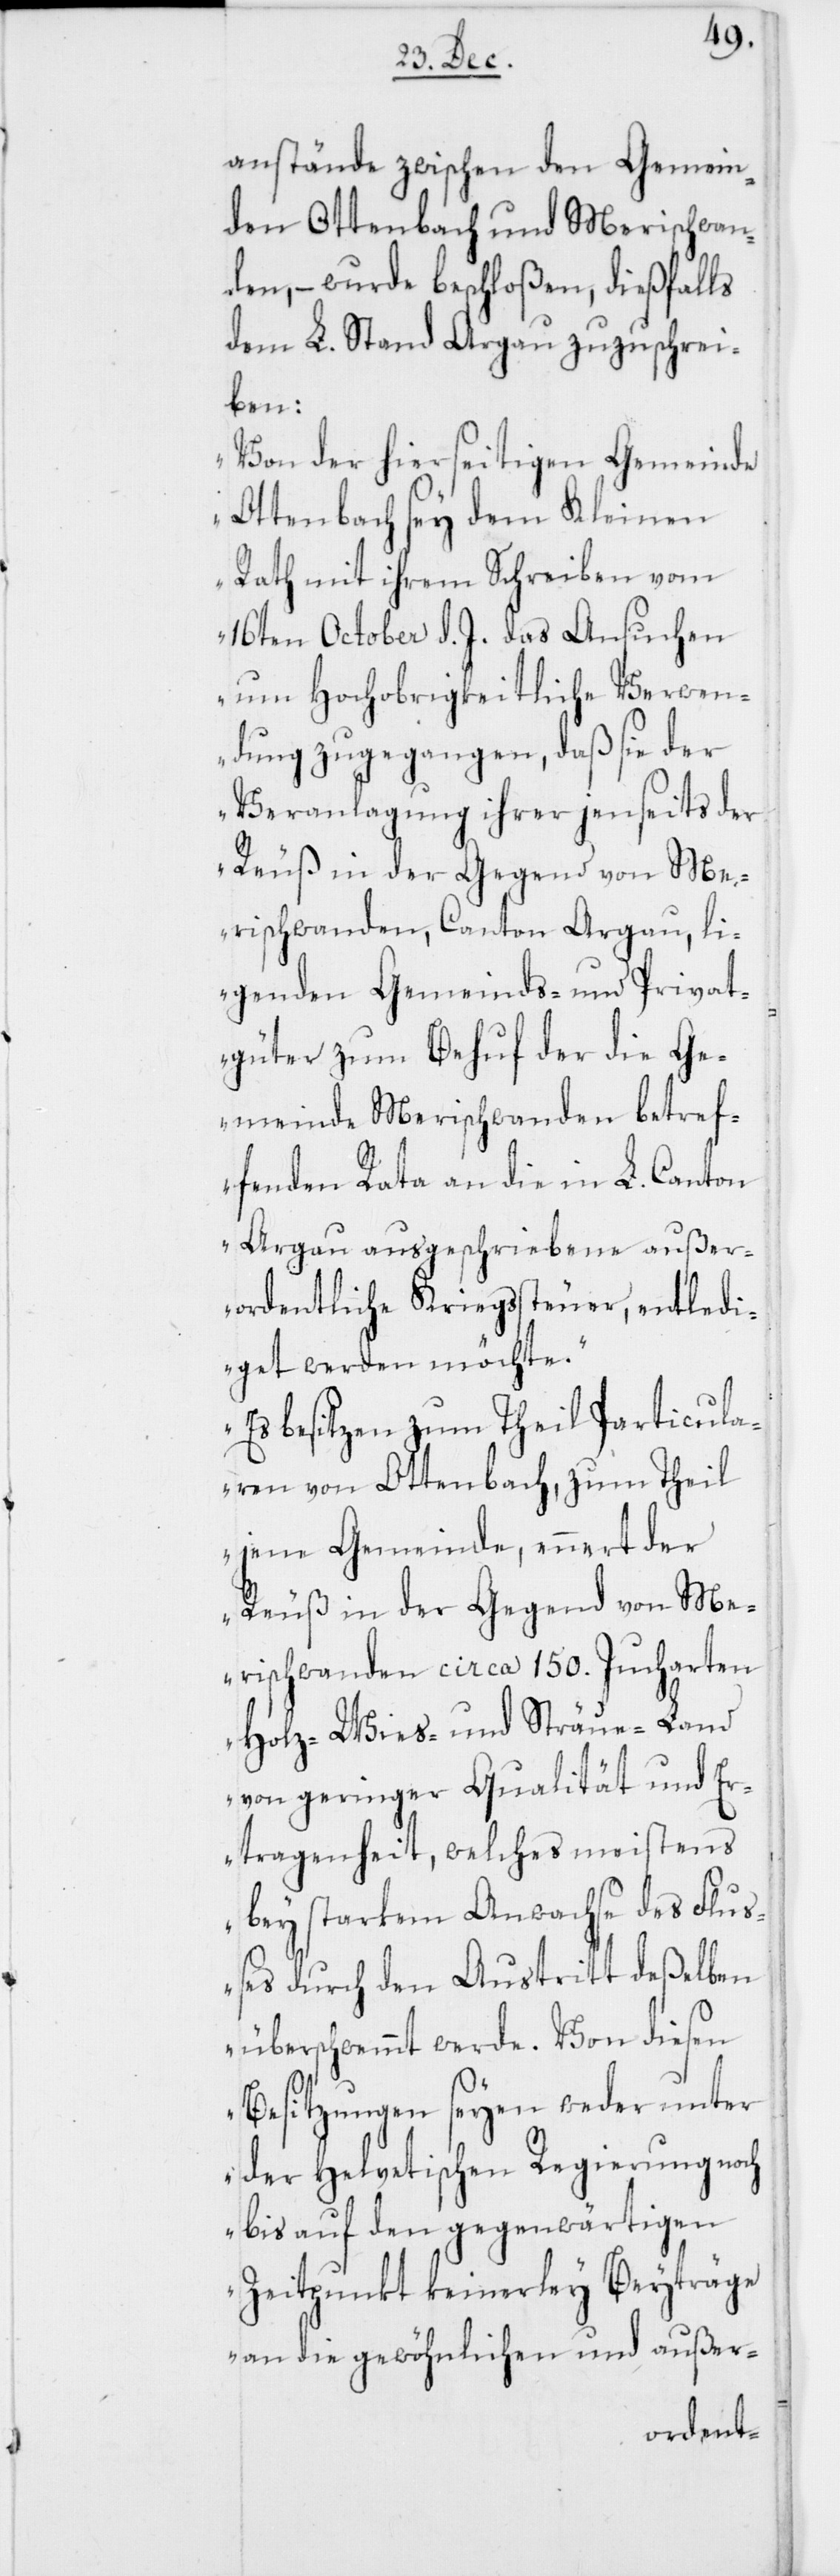
anstände zwischen den Gemein¬
den Ottenbach und Merischwan¬
den, – wurde beschloßen, dießfalls
dem L. Stand Argau zuzuschrei¬
ben:
„Von der hierseitigen Gemeinde
Ottenbach sey dem Kleinen
Rath mit ihrem Schreiben vom
16ten October d. J. das Ansuchen
um Hochobrigkeitliche Verwen¬
dung zugegangen, daß sie der
Veranlagung ihrer jenseits der
Reuß in der Gegend von Me¬
rischwanden, Canton Argau, li¬
genden Gemeinds- und Privat¬
güter zum Behuf der die Ge¬
meinde Merischwanden betref¬
fenden Rata an die in L. Canton
Argau ausgeschriebene außer¬
ordentliche Kriegßteuer, entledi¬
get werden möchte.
Es besitzen zum Theil Particula¬
ren von Ottenbach, zum Theil
jene Gemeinde, ennert der
rischwanden circa 150. Jucharten
Holz-, Wies- und Sträue-Land
von geringer Qualität und Er¬
tragenheit, welches meistens
bey starkem Anwachse des Fluß¬
es durch den Austritt deßelben
überschwemmt werde. Von diesen
Besitzungen seyen weder unter
der Helvetischen Regierung noch
bis auf den gegenwärtigen
Zeitpunkt keinerley Beyträge
an die gewöhnlichen und außer-